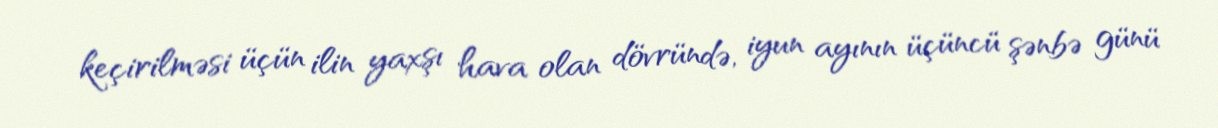
keçirilməsi üçün ilin yaxşı hava olan dövründə, iyun ayının üçüncü şənbə günü